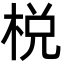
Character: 棁